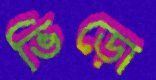
ভিড়ো